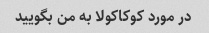
در مورد کوکاکولا به من بگویید